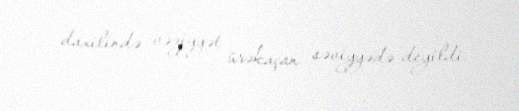
daxilində vəziyyət ürəkaçan səviyyədə deyildi.